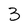
Character: 3